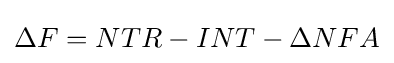
\Delta F=NTR-INT-\Delta NFA